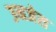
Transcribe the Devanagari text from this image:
उनजेस